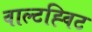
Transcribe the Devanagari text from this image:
वाल्टह्विट